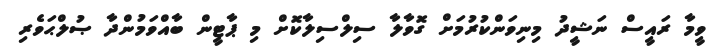
ވީމާ ރައީސް ނަޝީދު މިނިވަންކުރުމަށް ގޮވާލާ ސިލްސިލާކޮށް މި ޕާޓީން ބާއްވަމުންދާ ޞުލްޙަވެރި